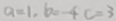
a = 1 , b = - 4 , c = 3